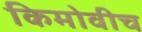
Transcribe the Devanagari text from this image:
किमोवीच